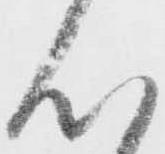
心